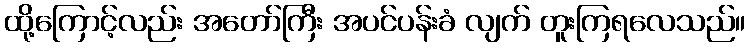
ထို့ကြောင့်လည်း အတော်ကြီး အပင်ပန်းခံ လျက် တူးကြရလေသည်။